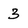
Character: 3